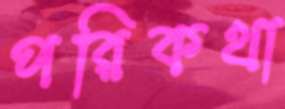
পরিকথা